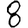
Digit: 8